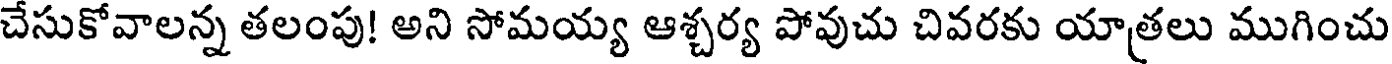
చేసుకోవాలన్న తలంపు! అని సోమయ్య ఆశ్చర్య పోవుచు చివరకు యాత్రలు ముగించు